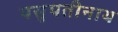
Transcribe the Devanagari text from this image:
पसुपतीनाथ